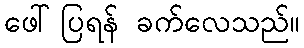
ဖေါ်ပြရန် ခက်လေသည်။